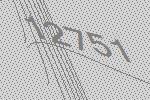
12751